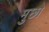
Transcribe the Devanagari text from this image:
मुछो